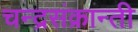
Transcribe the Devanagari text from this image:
चन्द्रसंक्रान्ती